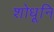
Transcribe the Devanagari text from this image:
शोधूनि